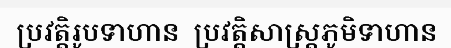
ប្រវត្តិរូបទាហាន  ប្រវត្តិសាស្ត្រភូមិទាហាន